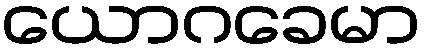
ယောဂခေမာ